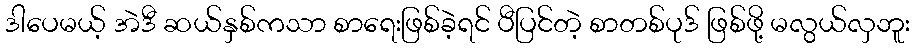
ဒါပေမယ့် အဲဒီ ဆယ်နှစ်ကသာ စာရေးဖြစ်ခဲ့ရင် ပီပြင်တဲ့ စာတစ်ပုဒ် ဖြစ်ဖို့ မလွယ်လှဘူး